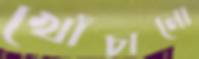
খোঁচানো